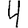
Digit: 4